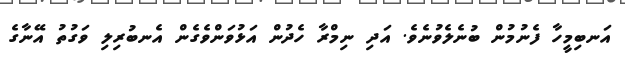
އަނބިމީހާ ފެނުމުން ބުނެލެވުނެވެ. އަދި ނިމްރާ ހެދުން އަޅުވަންވެގެން އެނބުރިލި ވަގުތު އޭނާގެ